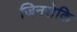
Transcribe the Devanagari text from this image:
जिनसेकि